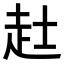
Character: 𧺑